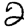
Digit: 2